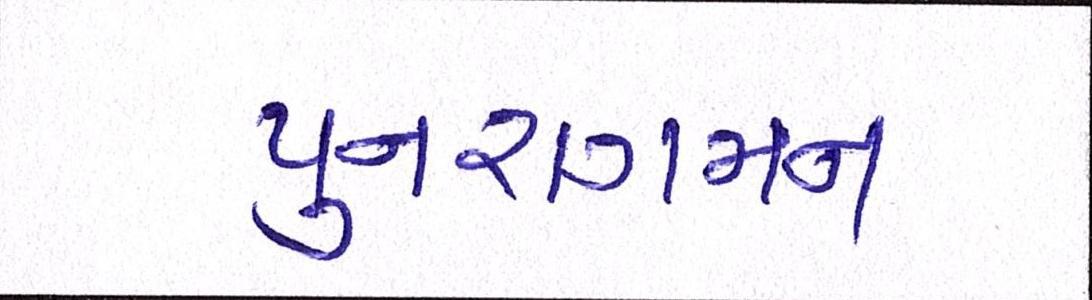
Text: પુનરાગમન